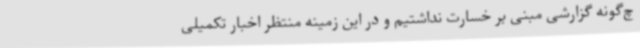
چ‌گونه گزارشی مبنی بر خسارت نداشتیم و در این زمینه منتظر اخبار تکمیلی